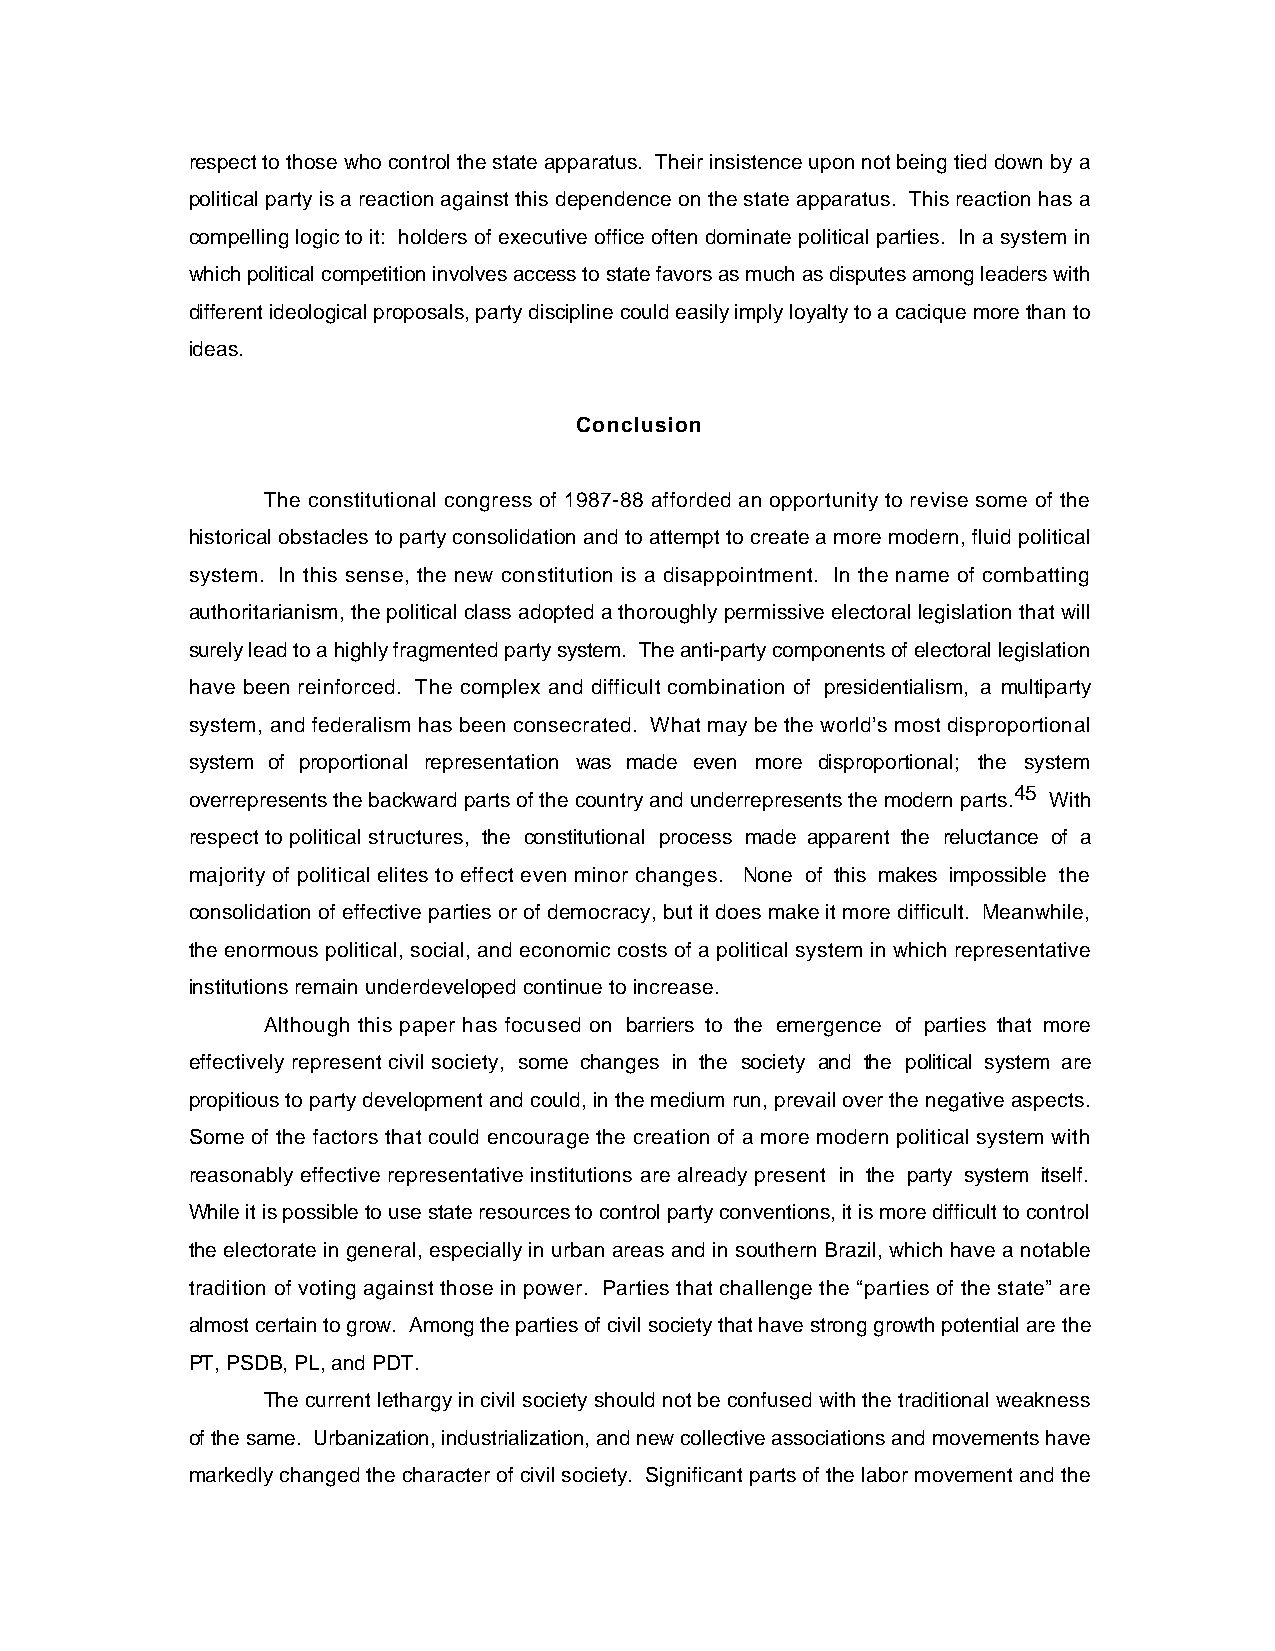
respect to those who control the state apparatus. Their insistence upon not being tied down by a
 political party is a reaction against this dependence on the state apparatus. This reaction has a
 compelling logic to it: holders of executive office often dominate political parties. In a system in
 which political competition involves access to state favors as much as disputes among leaders with
 different ideological proposals, party discipline could easily imply loyalty to a cacique more than to
 ideas.
 Conclusion
 The constitutional congress of 1987-88 afforded an opportunity to revise some of the
 historical obstacles to party consolidation and to attempt to create a more modern, fluid political
 system. In this sense, the new constitution is a disappointment. In the name of combatting
 authoritarianism, the political class adopted a thoroughly permissive electoral legislation that will
 surely lead to a highly fragmented party system. The anti-party components of electoral legislation
 have been reinforced. The complex and difficult combination of presidentialism, a multiparty
 system, and federalism has been consecrated. What may be the world’s most disproportional
 system of proportional representation was made even more disproportional; the system
 overrepresents the backward parts of the country and underrepresents the modern parts.45 With
 respect to political structures, the constitutional process made apparent the reluctance of a
 majority of political elites to effect even minor changes. None of this makes impossible the
 consolidation of effective parties or of democracy, but it does make it more difficult. Meanwhile,
 the enormous political, social, and economic costs of a political system in which representative
 institutions remain underdeveloped continue to increase.
 Although this paper has focused on barriers to the emergence of parties that more
 effectively represent civil society, some changes in the society and the political system are
 propitious to party development and could, in the medium run, prevail over the negative aspects.
 Some of the factors that could encourage the creation of a more modern political system with
 reasonably effective representative institutions are already present in the party system itself.
 While it is possible to use state resources to control party conventions, it is more difficult to control
 the electorate in general, especially in urban areas and in southern Brazil, which have a notable
 tradition of voting against those in power. Parties that challenge the “parties of the state” are
 almost certain to grow. Among the parties of civil society that have strong growth potential are the
 PT, PSDB, PL, and PDT.
 The current lethargy in civil society should not be confused with the traditional weakness
 of the same. Urbanization, industrialization, and new collective associations and movements have
 markedly changed the character of civil society. Significant parts of the labor movement and the